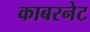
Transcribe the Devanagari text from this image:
काबरनेट